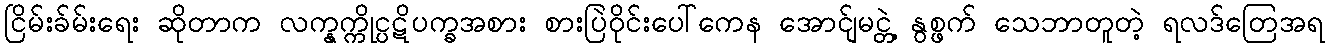
ငြိမ်းခ်မ်းရေး ဆိုတာက လက္နက္ကိုင္ပဋိပက္ခအစား စားပြဲဝိုင်းပေါ်ကေန အောင်ျမင္တဲ့ နွစ္ဖက် သေဘာတူတဲ့ ရလဒ်တြေအရ